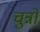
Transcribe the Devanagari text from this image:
चुन्नो